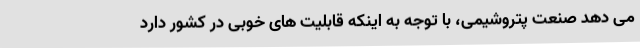
می دهد صنعت پتروشیمی، با توجه به اینکه قابلیت های خوبی در کشور دارد